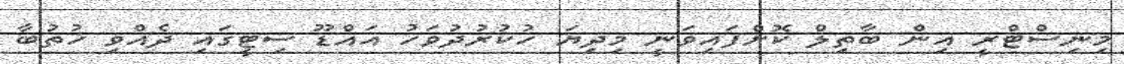
މިނިސްޓްރީ އިން ބާތިލް ކޮށްފައިވަނީ މިދިޔަ ހުކުރުދުވަހު އައްޑޫ ސިޓީގައި ދެއްވި ޚުތުބާ